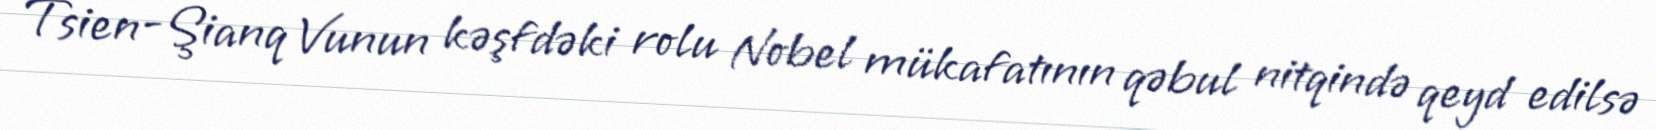
Tsien-Şianq Vunun kəşfdəki rolu Nobel mükafatının qəbul nitqində qeyd edilsə